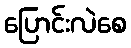
ပြောင်းလဲစေ